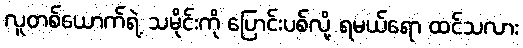
လူတစ်ယောက်ရဲ့ သမိုင်းကို ပြောင်းပစ်လို့ ရမယ်ရော ထင်သလား